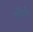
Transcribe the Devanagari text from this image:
वर्षेंपर्यंत